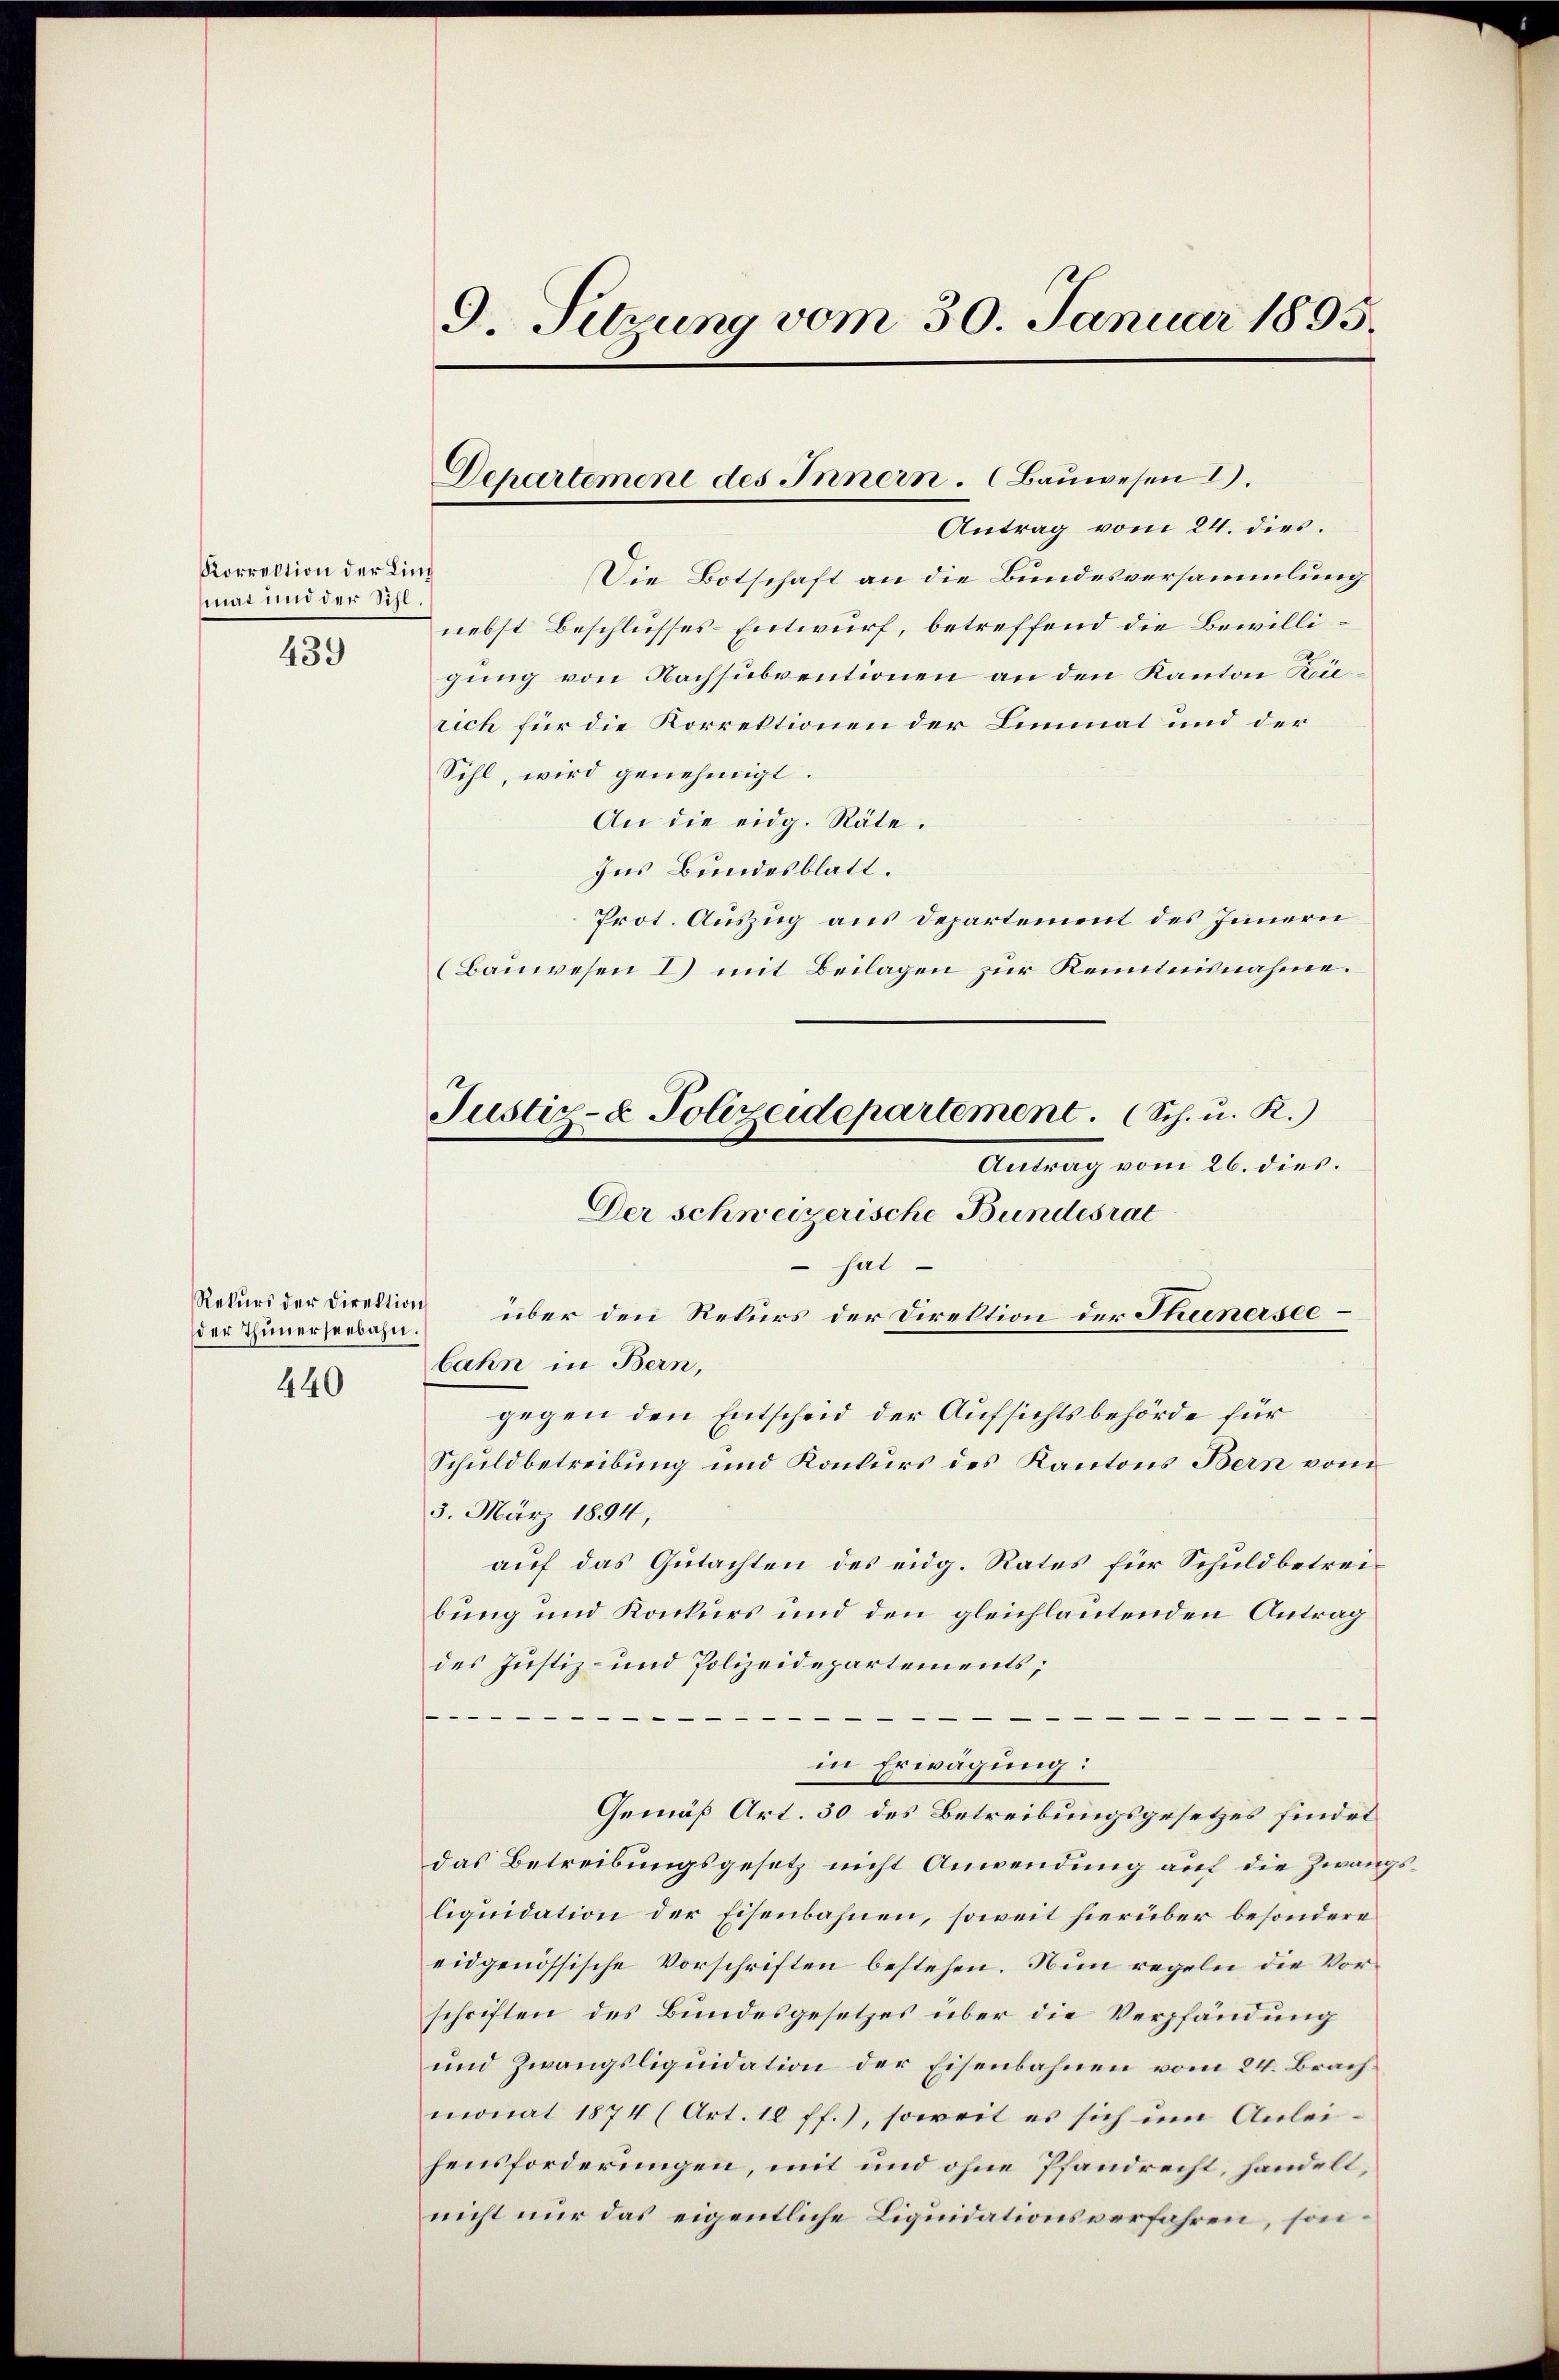
Korrektion der Ling
mat und der Sihl.
439

Rekurs der Direktion
der Thunerseebahn.
440

9. Sitzung vom 30. Januar 1895

Departement des Innern. Bauwesen I.

Justiz- & Polizeidepartement. (Sch. u. R.)
Der schweizerische Bundesrat

Antrag vom 24. dies
Die Botschaft an die Bundesversammlung
nebst Beschlusses-Entwurf, betreffend die Bewilligung von Nachsubventionen an den Kanton Züsich für die Korrektionen der Limmat und der
Sihl, wird genehmigt.
An die eidg. Räte.
Ins Bundesblatt.
Prot. Auszug aus Departement des Innern
(Bauwesen I) mit Beilagen zur Kenntnisnahme.
Antrag vom 26. dies.
 hat
über den Rekurs der Direktion der Thunerseebahn in Bern,
gegen den Entscheid der Aufsichtsbehörde für
Schuldbetreibung und Konkurs des Kantons Bern vom
3. März 1894,
auf das Gutachten des eidg. Rates für Schuldbetreibung und Konkurs und den gleichlautenden Antrag
des Justiz- und Polizeidepartements;

—
in Erwägung:
Gemäß Art. 30 des Betreibungsgesetzes findet
das Betreibungsgesetz nicht Anwendung auf die Zwang
liquidation der Eisenbahnen, soweit hierüber besondere
eidgenössische Vorschriften bestehen. Nun regeln die Vorschriften des Bundesgesetzes über die Verpfändung
und Zwangsliquidation der Eisenbahnen vom 24. Brachmonat 1874 (Art. 12 ff.), soweit es sich um Anleifensforderungen, mit und ohne Pfandrecht, handellnicht nur das eigentliche Liquidationsverfahren, son¬